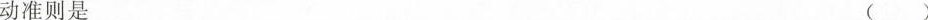
动准则是（）